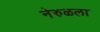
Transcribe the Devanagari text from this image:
नेरुळला